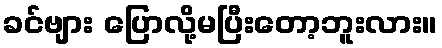
ခင်ဗျား ပြောလို့မပြီးတော့ဘူးလား။